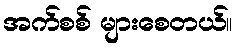
အက်စစ် များစေတယ်။